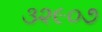
૩૨૯૦૭